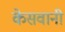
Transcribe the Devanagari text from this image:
केसवानी